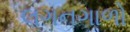
લગનગાળો